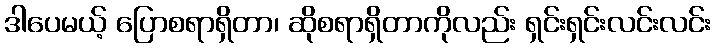
ဒါပေမယ့် ပြောစရာရှိတာ၊ ဆိုစရာရှိတာကိုလည်း ရှင်းရှင်းလင်းလင်း